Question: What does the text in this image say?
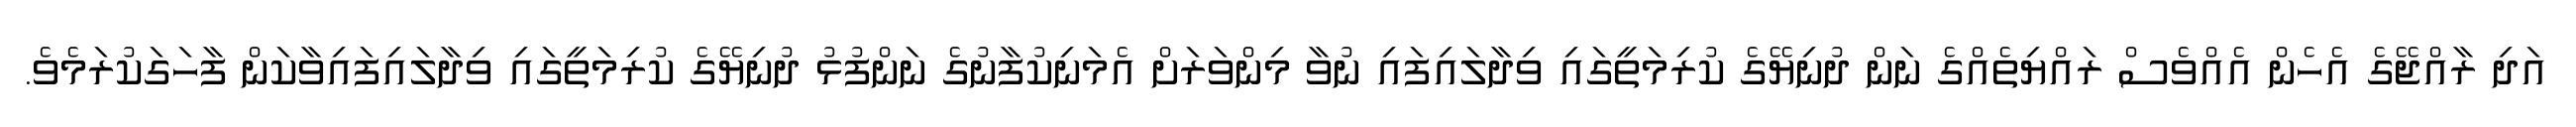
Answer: އަދި ރާއްޖޭގެ އެހެން އެއްވެސް ރައްޔިތެއްގެ ނަން ދުނިޔޭގެ ކުރިމަތީގައި ވިދާލައިފައި ނުވާ މިންވަރަށް އެމަނިކުފާނުގެ ނަންފުޅު ދުނިޔޭގެ ކުރިމަތީގައި ވިދާލައިފައިވާކަން ފާހަގަކުރަމެވެ.